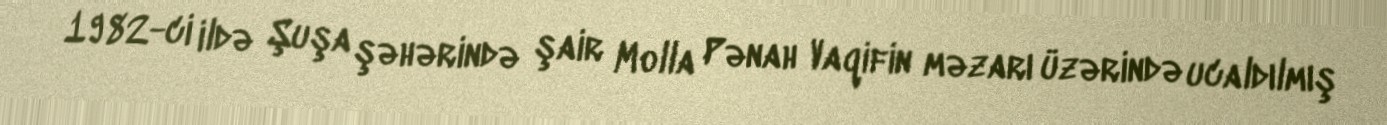
1982-ci ildə Şuşa şəhərində şair Molla Pənah Vaqifin məzarı üzərində ucaldılmış